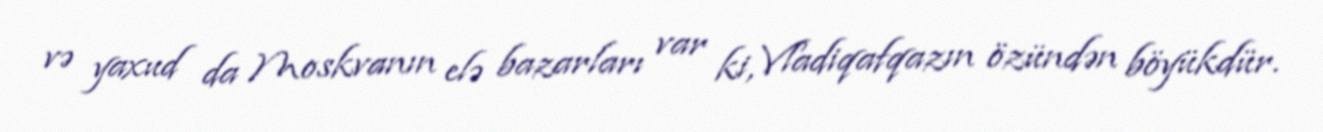
və yaxud da Moskvanın elə bazarları var ki, Vladiqafqazın özündən böyükdür.